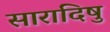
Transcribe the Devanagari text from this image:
सारादिषु